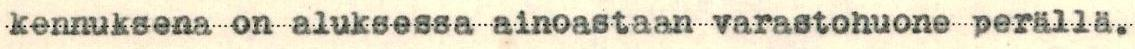
kennuksena on aluksessa ainoastaan varastohuone perällä.